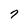
Character: 7